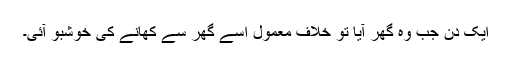
ایک دن جب وہ گھر آیا تو خلاف معمول اسے گھر سے کھانے کی خوشبو آئی۔